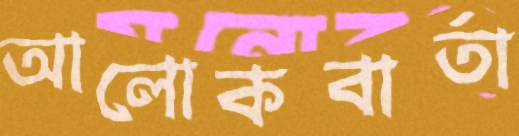
আলোকবার্তা